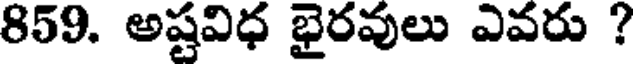
859. అష్టవిధ భైరవులు ఎవరు ?